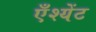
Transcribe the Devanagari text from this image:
एँश्येंट